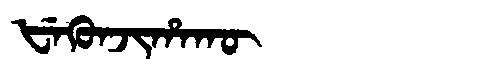
Manchu: ᡶᡝᡴᡠᠨᠵᡳᡥᠠᡴᡡ
Romanization: FEKUNJIHAKŪ